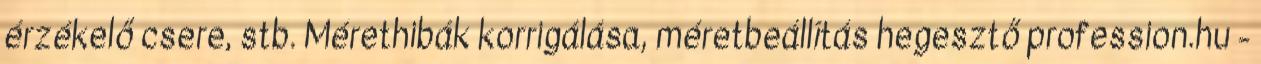
érzékelő csere, stb. Mérethibák korrigálása, méretbeállítás hegesztő profession.hu -